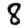
Digit: 8